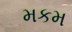
મકમ